Reports on military cantonments and civil stations in the Presidency of Bombay inspected by the Sanitary Commissioner in the years 1875 and 1876
Year: 1875
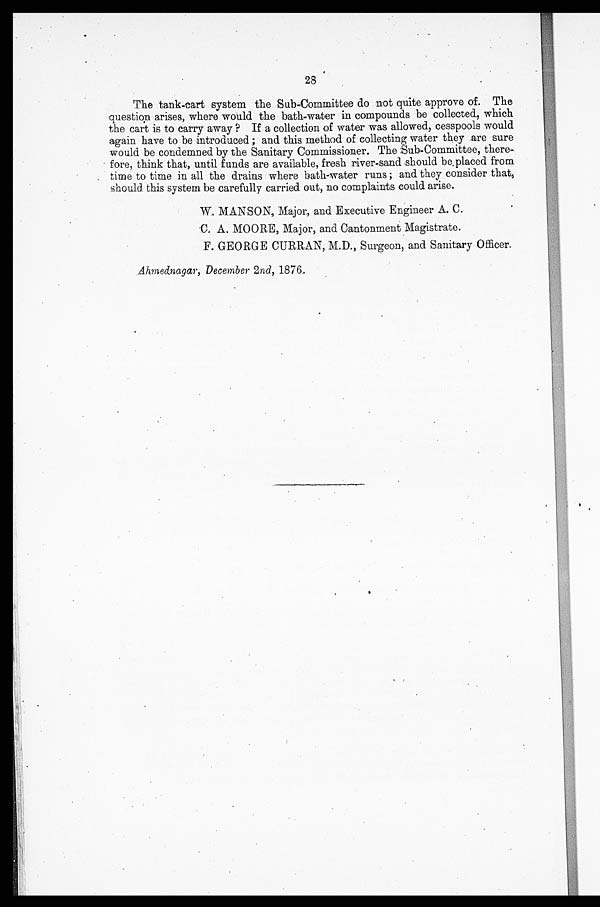
28
The tank-cart system the Sub-Committee do not quite approve of. The
question arises, where would the bath-water in compounds be collected, which
the cart is to carry away ? If a collection of water was allowed, cesspools would
again have to be introduced ; and this method of collecting water they are sure
would be condemned by the Sanitary Commissioner. The Sub-Committee, there-
fore, think that, until funds are available, fresh river-sand should be placed from
time to time in all the drains where bath-water runs; and they consider that,
should this system be carefully carried out, no complaints could arise.
W. MANSON, Major, and Executive Engineer A. C.
C. A. MOORE, Major, and Cantonment Magistrate.
•
F. GEORGE CURRAN, M.D., Surgeon, and Sanitary Officer.
Ahmednagar, December 2nd, 1876.